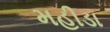
મહીડા